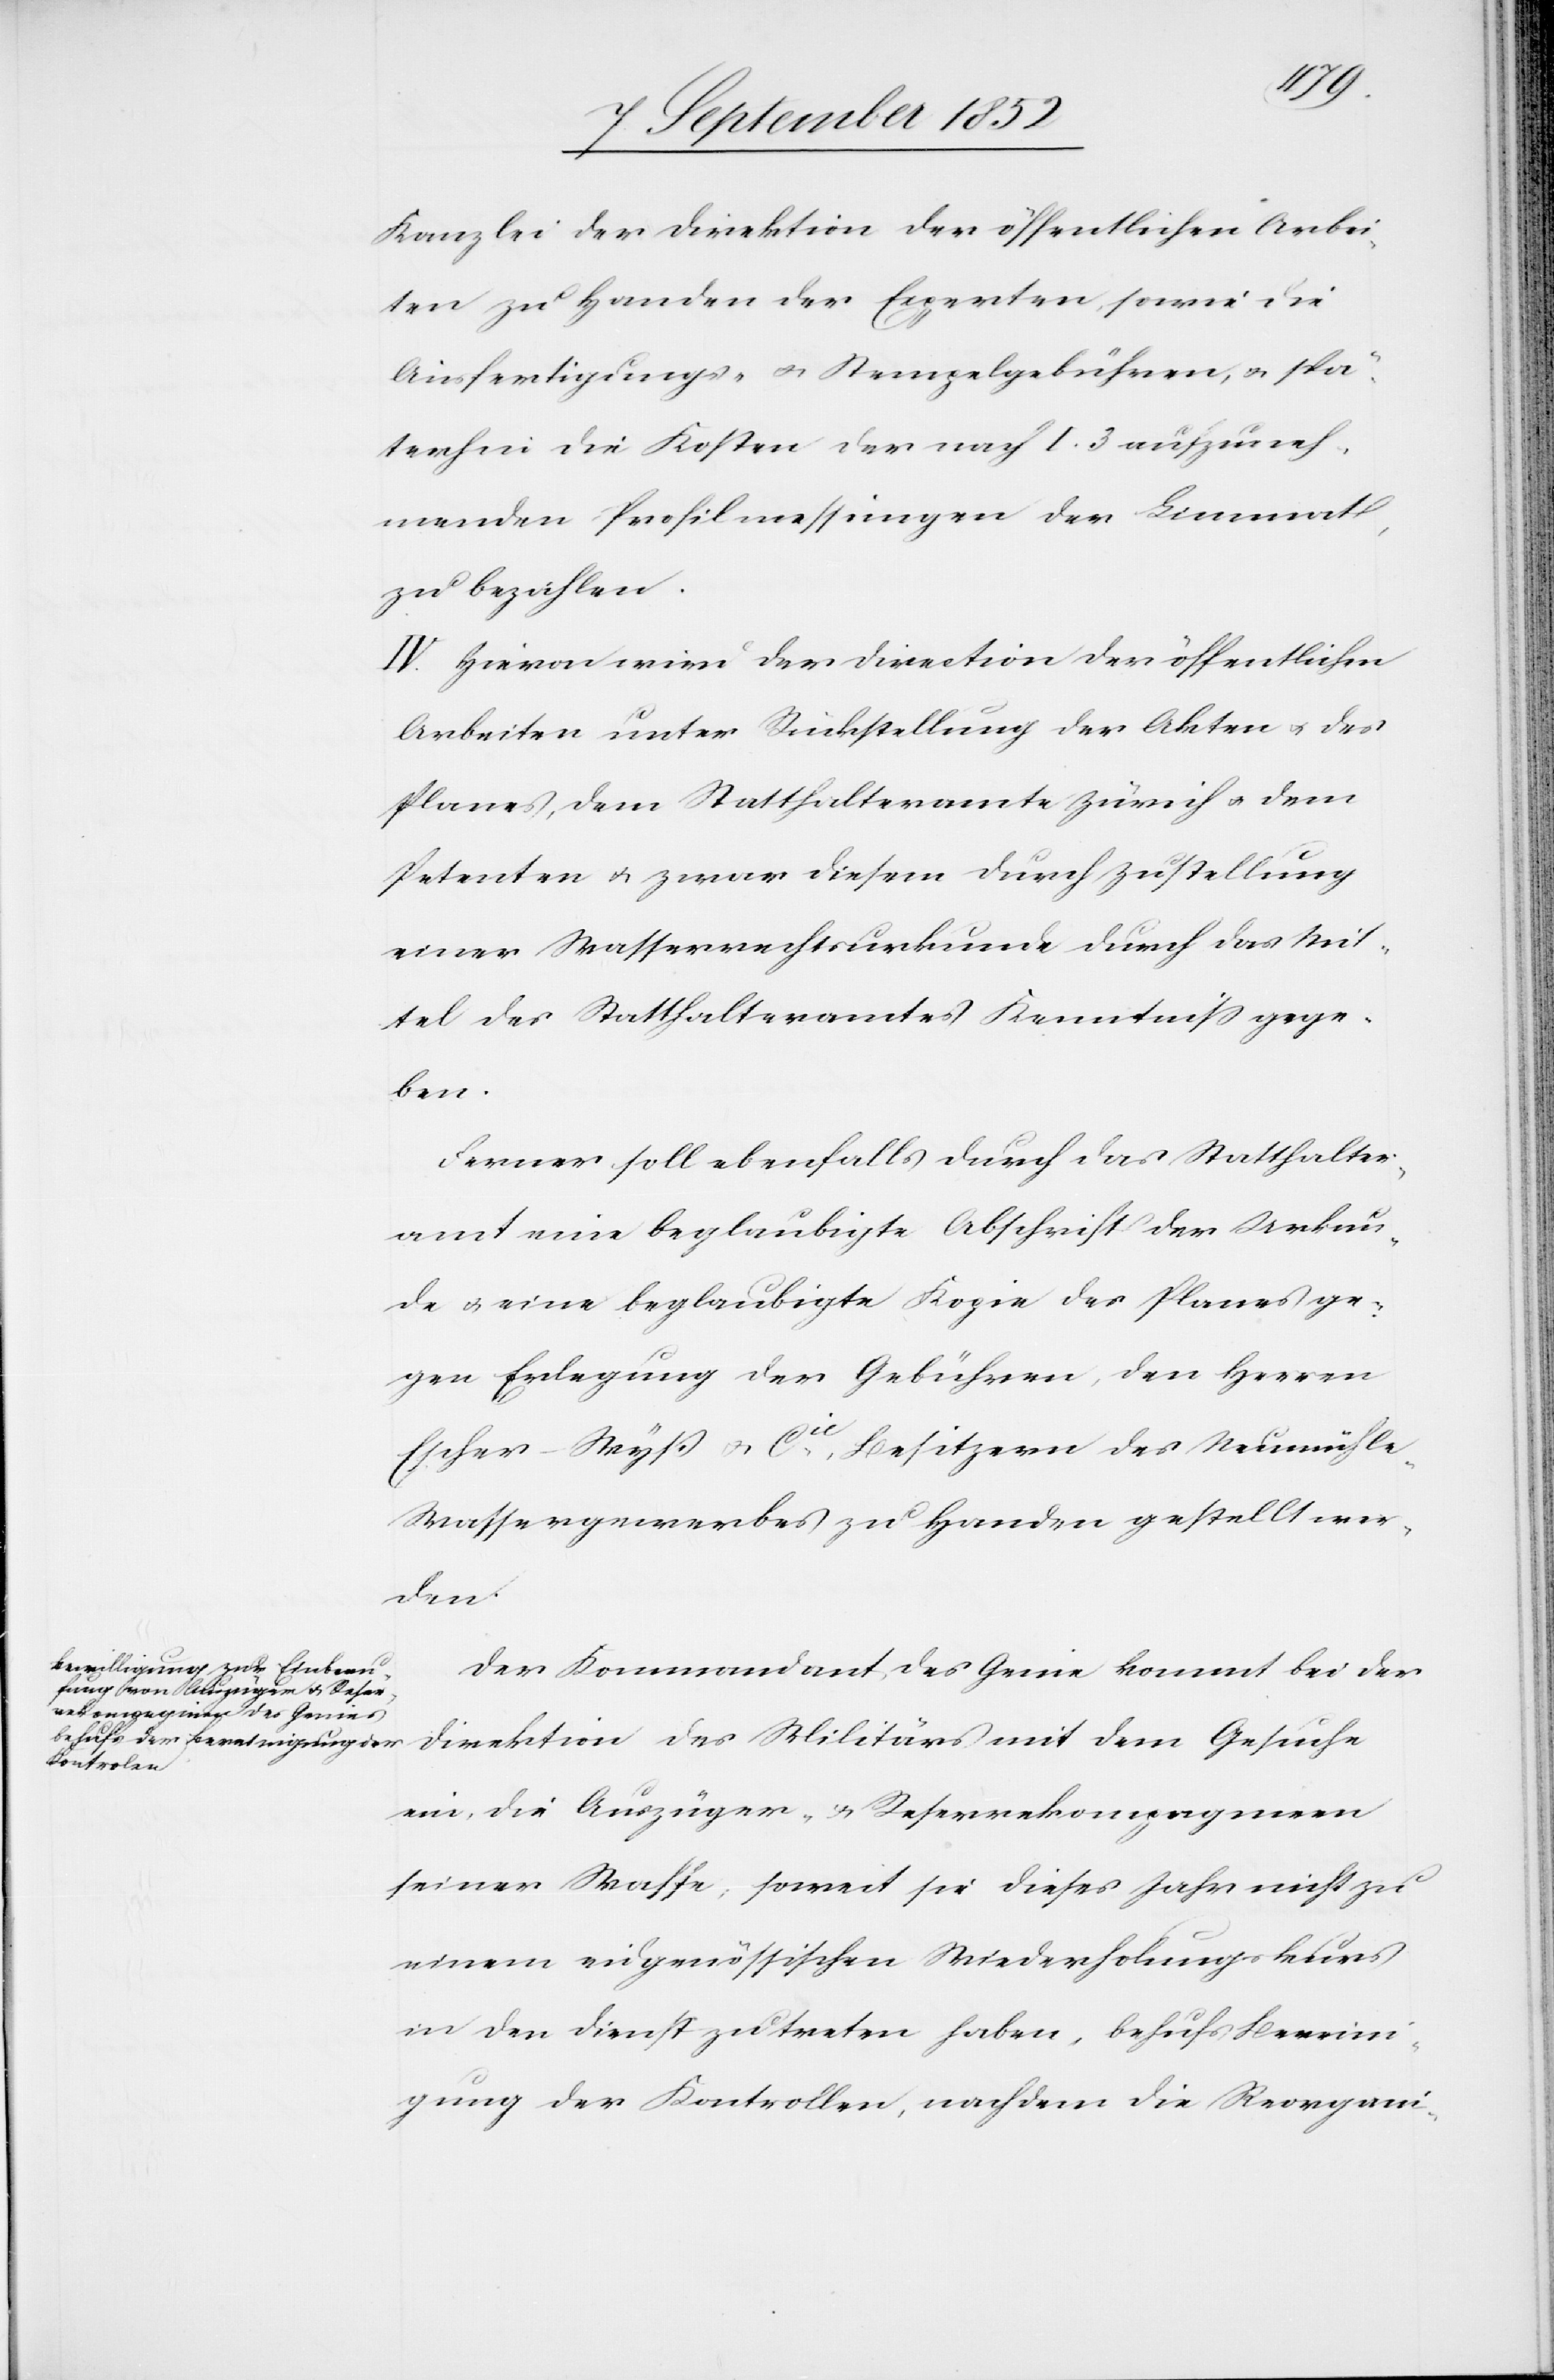
Kanzlei der Direktion der öffentlichen Arbei¬
ten zu Handen der Experten, sowie die
Ausfertigungs- & Stempelgebühren, & spä¬
terhin die Kosten der nach I. 3 aufzuneh¬
menden Profilmessungen der Limmat,
zu bezahlen.
IV. Hievon wird der Direction der öffentlichen
Arbeiten unter Rückstellung der Akten & des
Planes, dem Statthalteramte Zürich & dem
Petenten & zwar diesem durch Zustellung
einer Wasserrechtsurkunde durch das Mit¬
tel des Statthalteramtes Kenntniss gege¬
ben.
Ferner soll ebenfalls durch das Statthalter¬
amt eine beglaubigte Abschrift der Urkun¬
de & eine beglaubigte Kopie des Planes ge¬
gen Erlegung der Gebühren, den Herren
Escher-Wyß & Cie, Besitzern des Neumühle-W¬
assergewerbes zu Handen gestellt wer¬
den.
Der Kommandant des Genie kommt bei der
Direktion des Militärs mit dem Gesuche
ein, die Auszüger- & Reservekompagnien
seiner Waffe, soweit sie dieses Jahr nicht zu
einem eidgenössischen Wiederholungskurs
in den Dienst zu treten haben, behufs Bereini¬
gung der Kontrollen, nachdem die Reorgani-